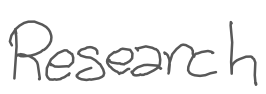
Text: Research
Cross-out: clean
Writing tool: digital_gray